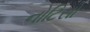
નોટિસો